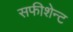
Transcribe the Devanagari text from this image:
सफीशेन्ट